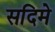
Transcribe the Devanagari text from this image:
सदिमे